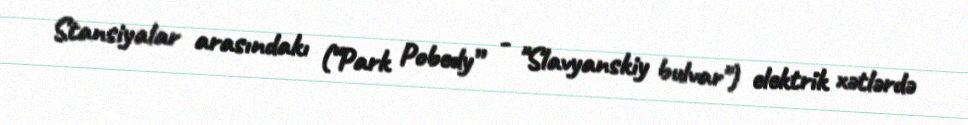
Stansiyalar arasındakı (“Park Pobedy” - "Slavyanskiy bulvar") elektrik xətlərdə